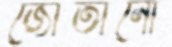
জোতানো